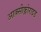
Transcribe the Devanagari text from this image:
आक्सीक्लोराइड